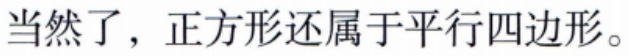
当然了，正方形还属于平行四边形。